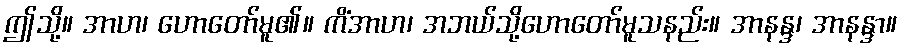
ဤသို့။ အာဟ၊ ဟောတော်မူ၏။ ကိံအာဟ၊ အဘယ်သို့ဟောတော်မူသနည်း။ အာနန္ဒ၊ အာနန္ဒာ။